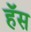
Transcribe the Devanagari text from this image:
हॅस